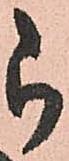
被